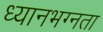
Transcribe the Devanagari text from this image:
ध्यानभग्नता